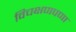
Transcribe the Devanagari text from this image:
विचक्षणपणा